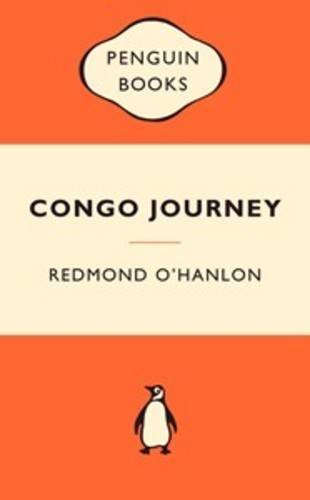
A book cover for Congo Journey (Popular Penguins); Redmond O'Hanlon; Travel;